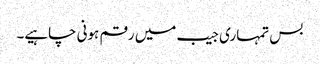
بس تمہاری جیب میں رقم ہونی چاہیے۔